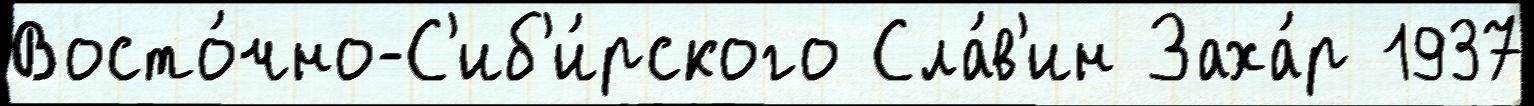
Восто́чно-С'иб'и́рского Сла́в'ин Заха́р 1937